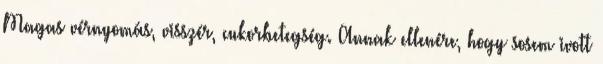
Magas vérnyomás, visszér, cukorbetegség. Annak ellenére, hogy sosem ivott